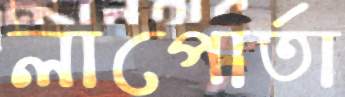
লাপোর্তা